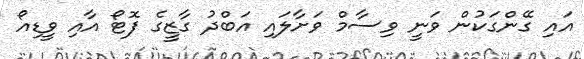
އައި ގޭންގަކުން ވަނީ ވިސާމް ވަށާލައި އަބްދު ގާޒީގެ ފޮޓޯ އާއި ވީޑިއޯ